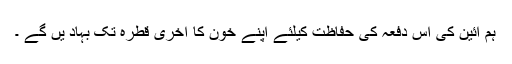
ہم آئین کی اس دفعہ کی حفاظت کیلئے اپنے خون کا آخری قطرہ تک بہاد یں گے ۔